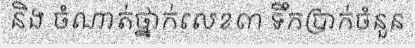
និង ចំណាត់ថ្នាក់លេខ៣ ទឹកប្រាក់ចំនួន